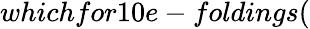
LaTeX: whichfor10e-foldings(